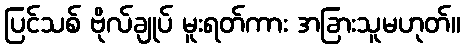
ပြင်သစ် ဗိုလ်ချုပ် မူးရတ်ကား အခြားသူမဟုတ်။